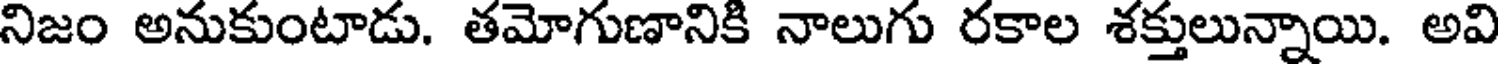
నిజం అనుకుంటాడు. తమోగుణానికి నాలుగు రకాల శక్తులున్నాయి. అవి